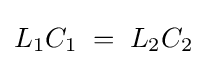
L_{1}C_{1}\;=\;L_{2}C_{2}